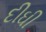
દીઘી